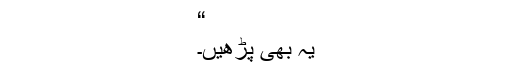
“
یہ بھی پڑھیں۔